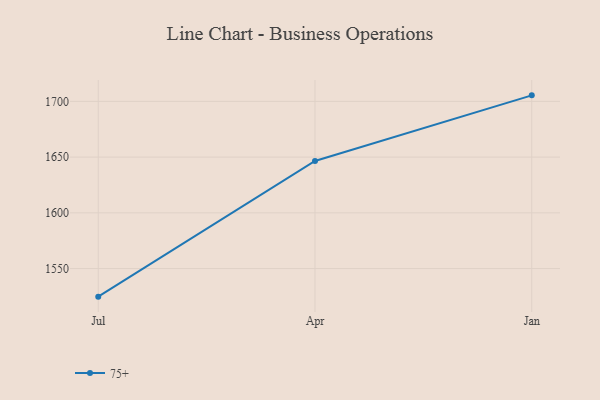
{"axis": {"x": "Month", "y": "Satisfaction Score"}, "legend": ["75+"], "data": [{"x": "Jul", "y": 1524.8, "type": "75+"}, {"x": "Apr", "y": 1646.5, "type": "75+"}, {"x": "Jan", "y": 1705.4, "type": "75+"}]}